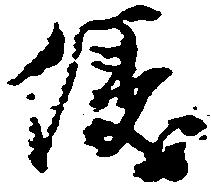
儀